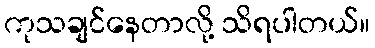
ကုသချင်နေတာလို့ သိရပါတယ်။